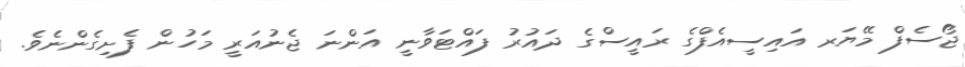
ޖޯސެފް މޭޔަރ އައިސީއެފްގެ ރައީސްގެ ދައުރު ފައްޓަވާނީ އަންނަ ޖެނުއަރީ މަހުން ފެށިގެންނެވެ.